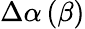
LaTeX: \Delta\alpha\left(\beta\right)